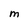
Character: M